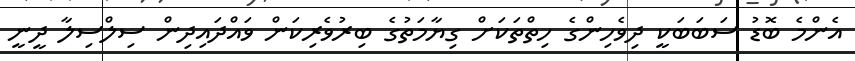
އެންމެ ބޮޑު ސަބަބަކީ ދިވެހިންގެ ހިތްތަކަށް ގިޔާމަތުގެ ބިރުވެރިކަން ވައްދައިދިން ސިލްސިލާ ދީނީ